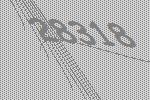
28318